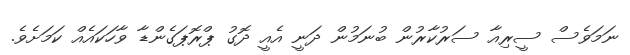
ނަމަވެސް ސީރިއާ ސަރުކާރުން ބުނަމުން ދަނީ އެއީ ދޮގު ޕްރޮޕަގެންޑާ ވާހަކައެއް ކަމަށެވެ.